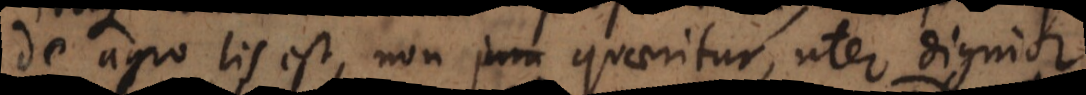
de agro lis est, non quaeritur, uter dignior